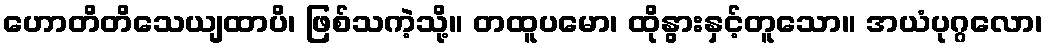
ဟောတိတိသေယျထာပိ၊ ဖြစ်သကဲ့သို့။ တထူပမော၊ ထိုနွားနှင့်တူသော။ အယံပုဂ္ဂလော၊